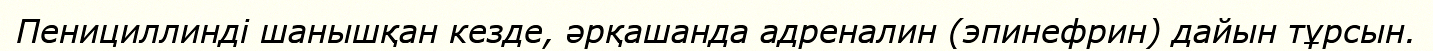
Пенициллинді шанышқан кезде, әрқашанда адреналин (эпинефрин) дайын тұрсын.